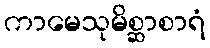
ကာမေသုမိစ္ဆာစာရံ